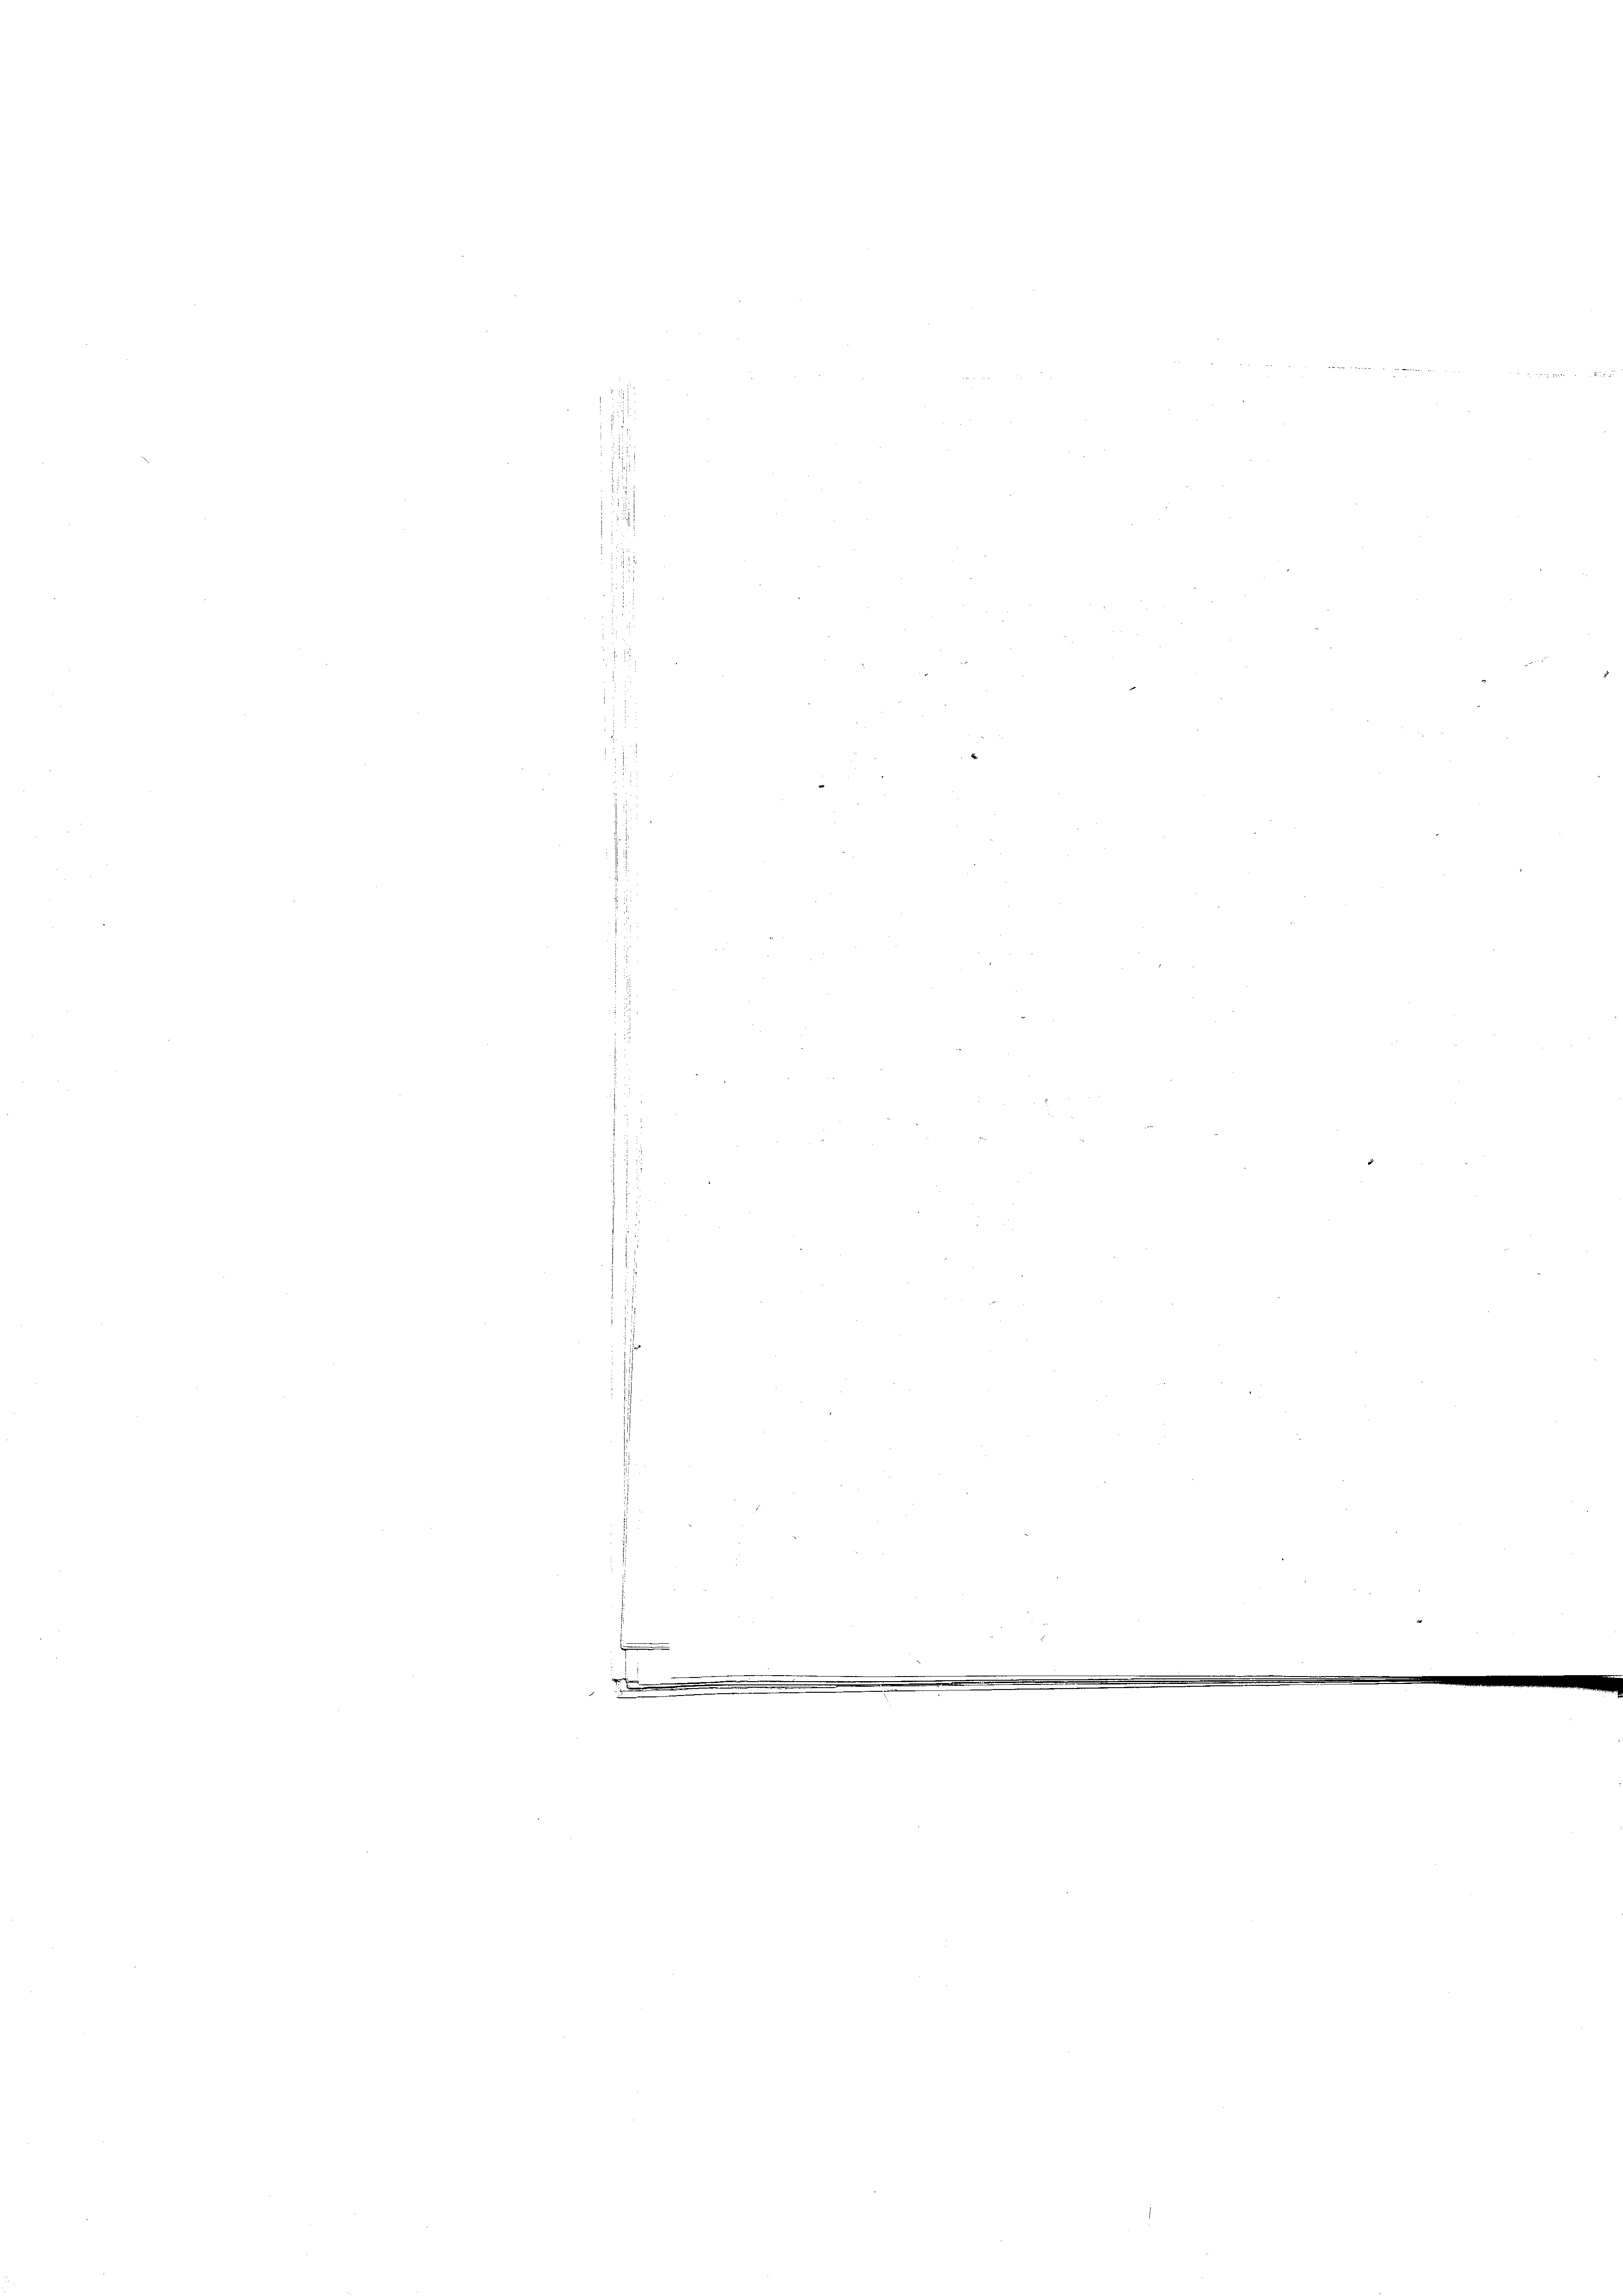
.
e
.
e
.....................................